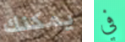
يمكنك في